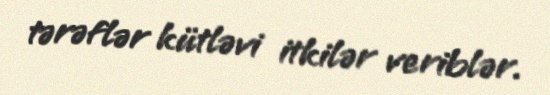
tərəflər kütləvi itkilər veriblər.